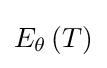
{\textstyle {E}_{\theta }\left(T\right)}